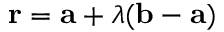
\mathbf { r } = \mathbf { a } + \lambda ( \mathbf { b } - \mathbf { a } )